Report on vaccination in the Province of Bengal - 1869-1873
Year: 1869
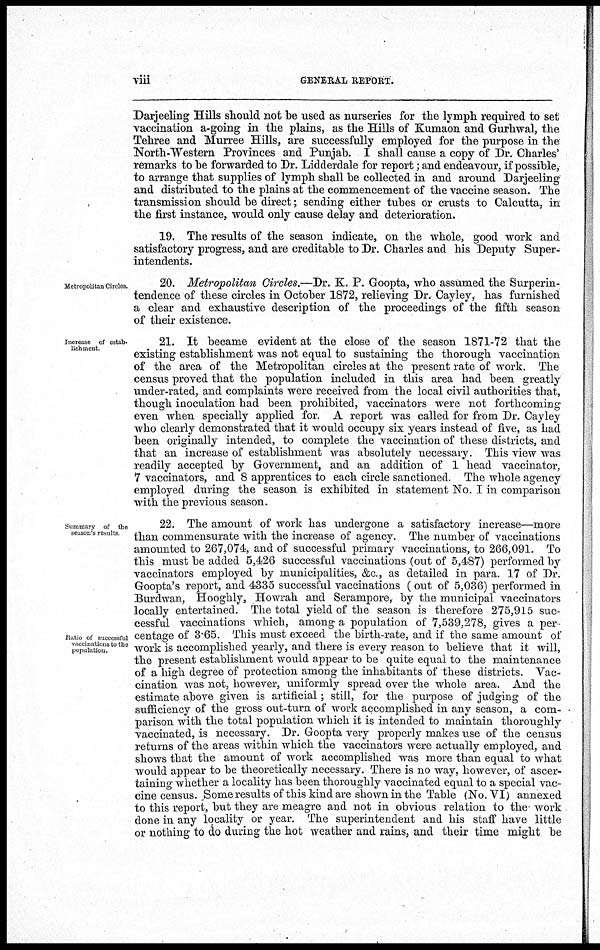
viii
GENERAL REPORT.
Darjeeling Hills should not be used as nurseries for the lymph required to set
vaccination a-going in the plains, as the Hills of Kumaon and Gurhwal, the
Tehree and Murree Hills, are successfully employed for the purpose in the
North-Western Provinces and Punjab. I shall cause a copy of Dr. Charles'
remarks to be forwarded to Dr. Lidderdale for report; and endeavour, if possible,
to arrange that supplies of lymph shall be collected in and around Darjeeling
and distributed to the plains at the commencement of the vaccine season. The
transmission should be direct; sending either tubes or crusts to Calcutta, in
the first instance, would only cause delay and deterioration.
19. The results of the season indicate, on the whole, good work and
satisfactory progress, and are creditable to Dr. Charles and his Deputy Super-
intendents.
Metropolitan Circles.
20. Metropolitan Circles.—Dr. K. P. Goopta, who assumed the Surperin-
tendence of these circles in October 1872, relieving Dr. Cayley, has furnished
a clear and exhaustive description of the proceedings of the fifth season
of their existence.
Increase of estab-
lishment
21. It became evident at the close of the season 1871-72 that the
existing establishment was not equal to sustaining the thorough vaccination
of the area of the Metropolitan circles at the present rate of work. The
census proved that the population included in this area had been greatly
under-rated, and complaints were received from the local civil authorities that,
though inoculation had been prohibited, vaccinators were not forthcoming
even when specially applied for. A report was called for from Dr. Cayley
who clearly demonstrated that it would occupy six years instead of five, as had
been originally intended, to complete the vaccination of these districts, and
that an increase of establishment was absolutely necessary. This view was
readily accepted by Government, and an addition of 1 head vaccinator,
7 vaccinators, and 8 apprentices to each circle sanctioned. The whole agency
employed during the season is exhibited in statement No. I in comparison
with the previous season.
Summary of the
season's results
Ratio of successful
vaccinations to the
population.
22. The amount of work has undergone a satisfactory increase—more
than commensurate with the increase of agency. The number of vaccinations
amounted to 267,074 and of successful primary vaccinations, to 266,091. To
this must be added 5,426 successful vaccinations (out of 5,487) performed by
vaccinators employed by municipalities, &c., as detailed in para. 17 of Dr.
Goopta's report, and 4335 successful vaccinations ( out of 5,036) performed in
Burdwan, Hooghly, Howrah and Serampore, by the municipal vaccinators
locally entertained. The total yield of the season is therefore 275,915 suc-
cessful vaccinations which, among a population of 7,539,278, gives a per-
centage of 3.65. This must exceed the birth-rate, and if the same amount of
work is accomplished yearly, and there is every reason to believe that it will,
the present establishment would appear to be quite equal to the maintenance
of a high degree of protection among the inhabitants of these districts. Vac-
cination was not, however, uniformly spread over the whole area. And the
estimate above given is artificial; still, for the purpose of judging of the
sufficiency of the gross out-turn of work accomplished in any season, a com-
parison with the total population which it is intended to maintain thoroughly
vaccinated, is necessary. Dr. Goopta very properly makes use of the census
returns of the areas within which the vaccinators were actually employed, and
shows that the amount of work accomplished was more than equal to what
would appear to be theoretically necessary. There is no way, however, of ascer-
taining whether a locality has been thoroughly vaccinated equal to a special vac-
cine census. Some results of this kind are shown in the Table (No. VI) annexed
to this report, but they are meagre and not in obvious relation to the work
done in any locality or year. The superintendent and his staff have little
or nothing to do during the hot weather and rains, and their time might be